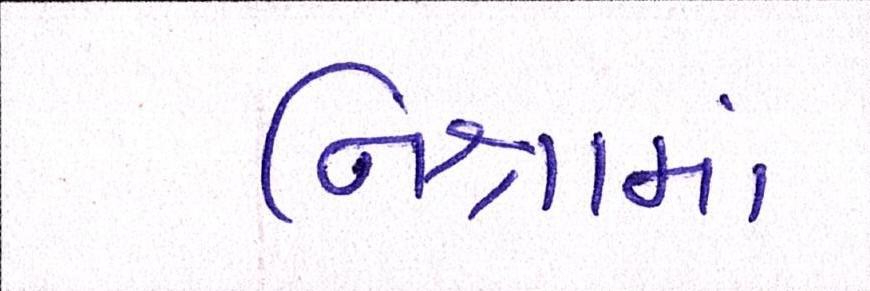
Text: નિશ્રામાં